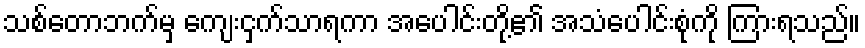
သစ်တောဘက်မှ ကျေးငှက်သာရကာ အပေါင်းတို့၏ အသံပေါင်းစုံကို ကြားရသည်။